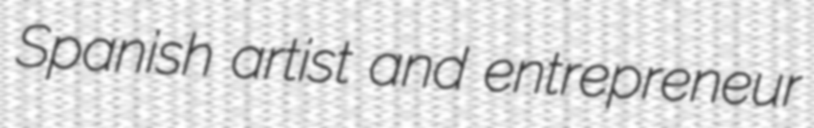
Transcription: Spanish artist and entrepreneur